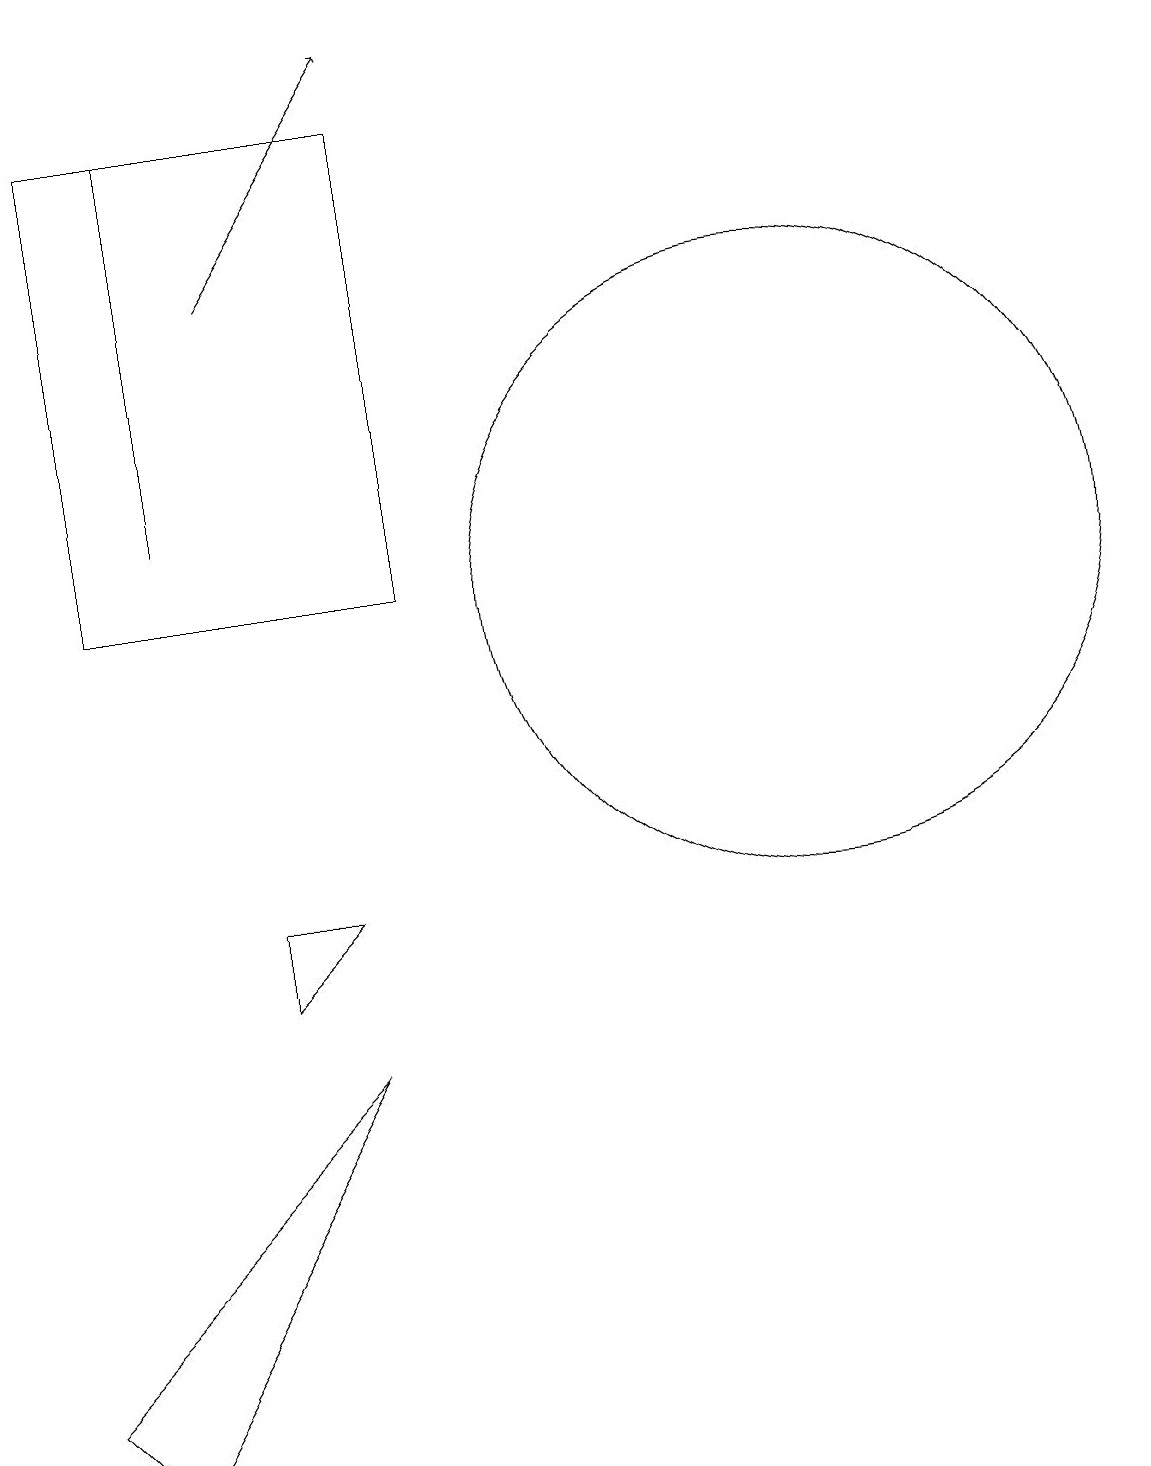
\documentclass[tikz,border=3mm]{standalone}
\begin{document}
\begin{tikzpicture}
\draw (11,12) circle (4);
\draw (3,13) rectangle (3,18);
\draw (2,18) rectangle (6,12);
\draw (1,2) -- (5,6) -- (2,1) -- cycle;
\draw (5,8) -- (4,8) -- (4,7) -- cycle;
\draw[->] (4,16) -- (6,19);
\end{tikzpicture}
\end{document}